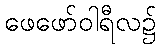
ဖေဖော်ဝါရီလ၌